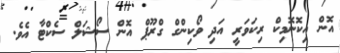
އޮން އިކޮނޮމިކް ރިކަވަރީ އަދި ވޯކިންގް ގްރޫޕް އޮން ސޯޝަލް ސެކްޓާ އެވެ.